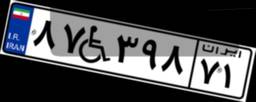
۸۷W۳۹۸۷۱